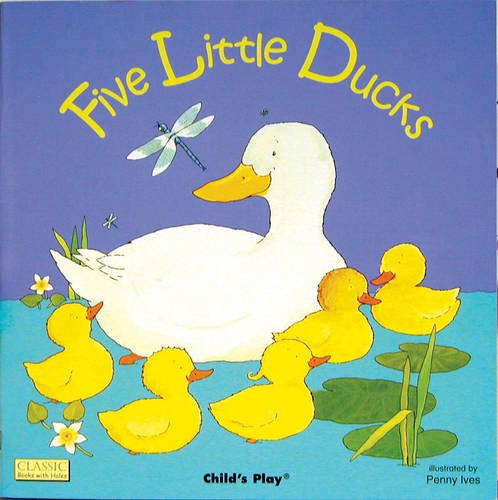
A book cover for Five Little Ducks (Classic Books With Holes); Annie Kubler; Children's Books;